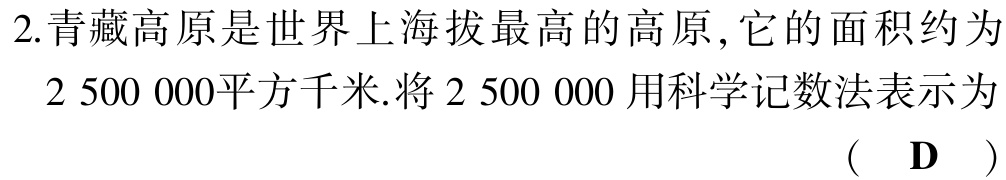
2.青藏高原是世界上海拔最高的高原,它的面积约为

2 500 000平方千米.将2 500 000 用科学记数法表示为

 (  D  )